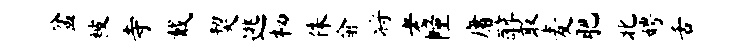
盆被寺戴契逃栖侏俞将老幢庸醇取麦肥北娉舌